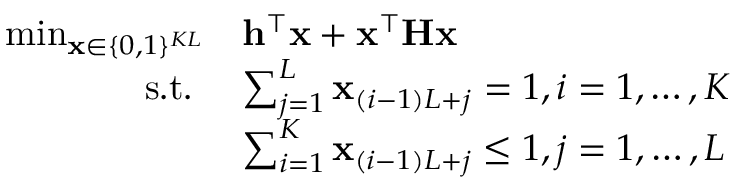
\begin{array} { r l } { \operatorname* { m i n } _ { \mathbf { x } \in \{ 0 , 1 \} ^ { K L } } } & { \mathbf { h } ^ { \top } \mathbf { x } + \mathbf { x } ^ { \top } \mathbf { H } \mathbf { x } } \\ { \mathrm { ~ s . t . ~ } } & { \sum _ { j = 1 } ^ { L } \mathbf { x } _ { ( i - 1 ) L + j } = 1 , i = 1 , \ldots , K } \\ & { \sum _ { i = 1 } ^ { K } \mathbf { x } _ { ( i - 1 ) L + j } \leq 1 , j = 1 , \ldots , L } \end{array}